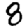
Digit: 8